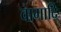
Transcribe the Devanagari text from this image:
वागादि